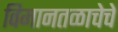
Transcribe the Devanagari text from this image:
विमानतळाचेचे